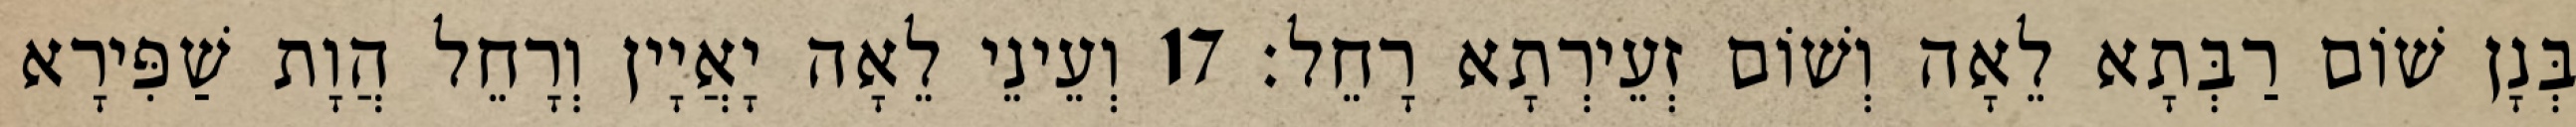
בְּנָן שׁוֹם רַבְּתָא לֵאָה וְשׁוֹם זְעֵירְתָא רָחֵל׃ 17 וְעֵינֵי לֵאָה יָאֲיָין וְרָחֵל הֲוָת שַׁפִּירָא